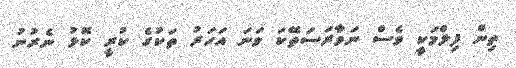
ތިން ފިލްމަކީ ވެސް ނަވާރަސަތޭކަ ވަނަ އަހަރު ތަކުގެ ކުރީ ކޮޅު ނެރުނު